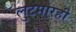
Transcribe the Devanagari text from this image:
लुटमारही